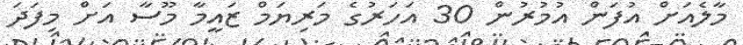
މާލެއަށް އުފަން އުމުރުން 30 އަހަރުގެ މަރިޔަމް ޒައީމާ މޫސާ އަށް މިފަދަ